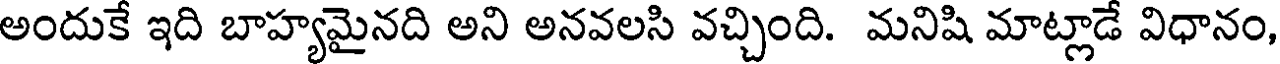
అందుకే ఇది బాహ్యమైనది అని అనవలసి వచ్చింది. మనిషి మాట్లాడే విధానం,